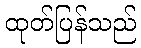
ထုတ်ပြန်သည်